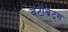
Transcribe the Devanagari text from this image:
वर्टीब्रेट्स